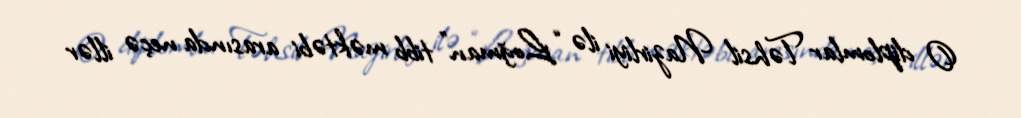
O diplomlar Təhsil Nazirliyi ilə “Loğman” tibb məktəbi arasında neçə illər